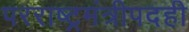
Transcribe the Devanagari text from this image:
परराष्ट्रमंत्रीपदही